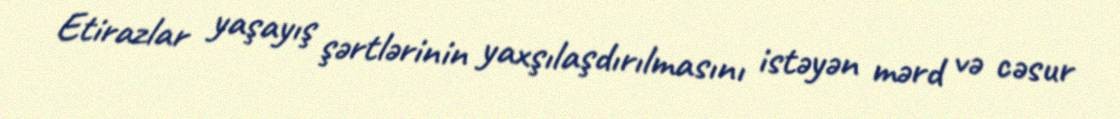
Etirazlar yaşayış şərtlərinin yaxşılaşdırılmasını istəyən mərd və cəsur